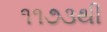
૧૧૭૩થી